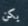
يكن